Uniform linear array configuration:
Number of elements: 24
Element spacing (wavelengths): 0.5
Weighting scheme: exponential
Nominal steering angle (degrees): -15
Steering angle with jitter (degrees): -16.19
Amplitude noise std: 0.05
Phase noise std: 0.05

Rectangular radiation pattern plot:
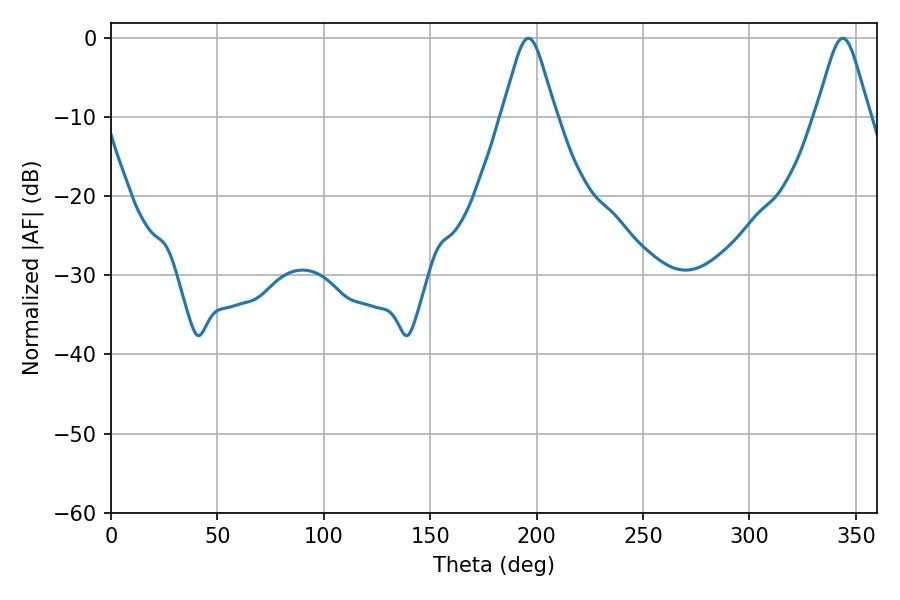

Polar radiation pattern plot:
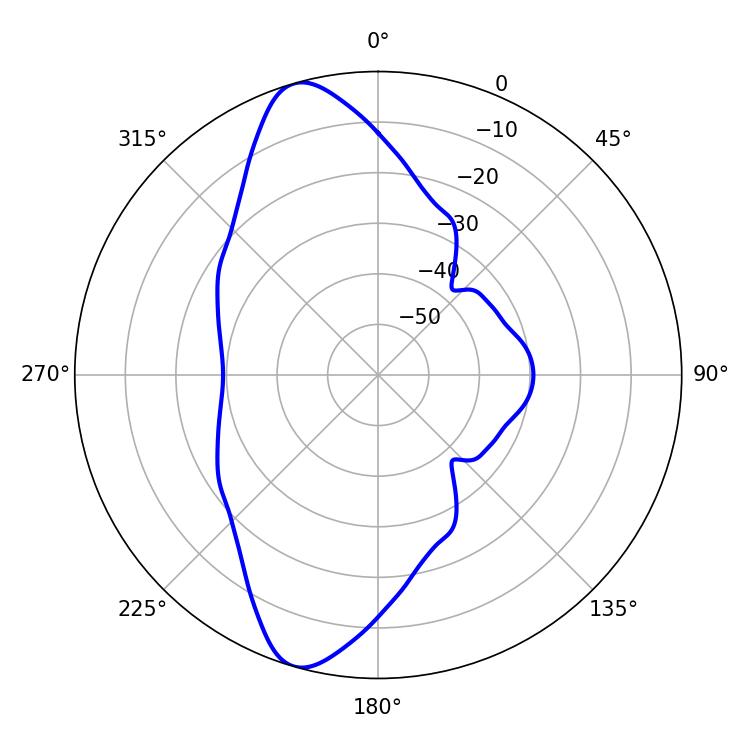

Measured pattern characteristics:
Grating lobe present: FALSE
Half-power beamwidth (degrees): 12.06
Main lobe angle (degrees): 196.2